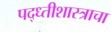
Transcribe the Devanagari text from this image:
पद्ध्तीशास्त्राचा